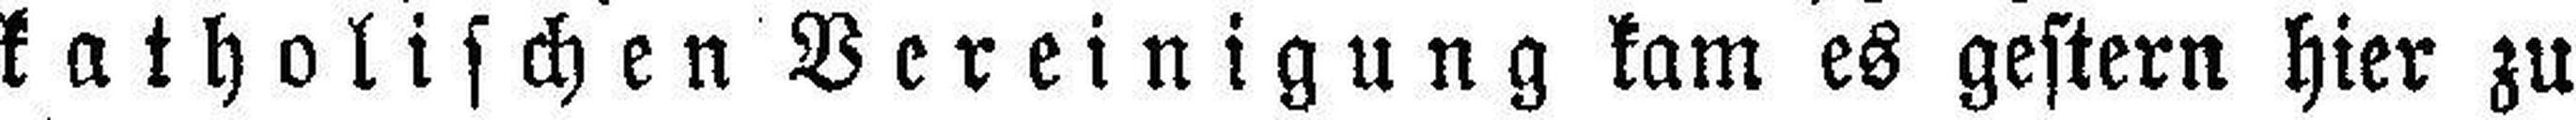
katholischen Vereinigung kam es gestern hier zu